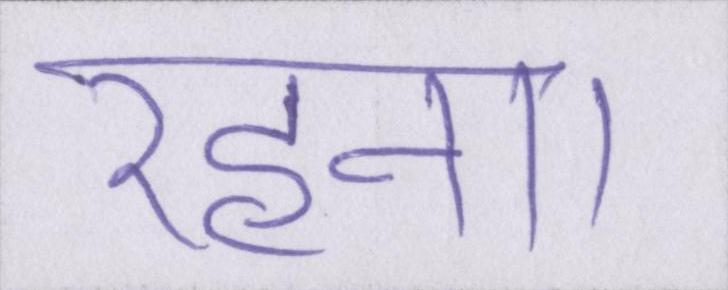
रहना।